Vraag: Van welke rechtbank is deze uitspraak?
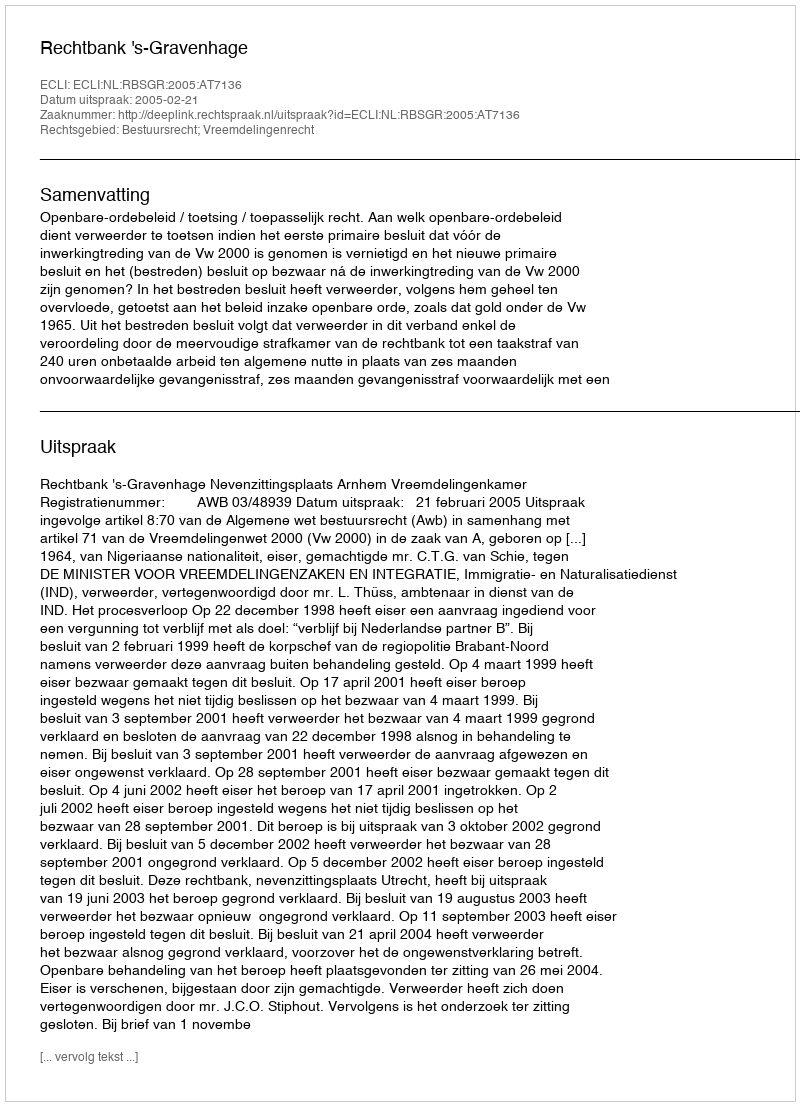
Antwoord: Rechtbank 's-Gravenhage